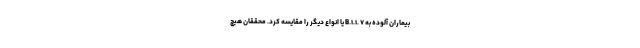
بیماران آلوده به B.۱.۱. ۷ یا انواع دیگر را مقایسه کرد. محققان هیچ